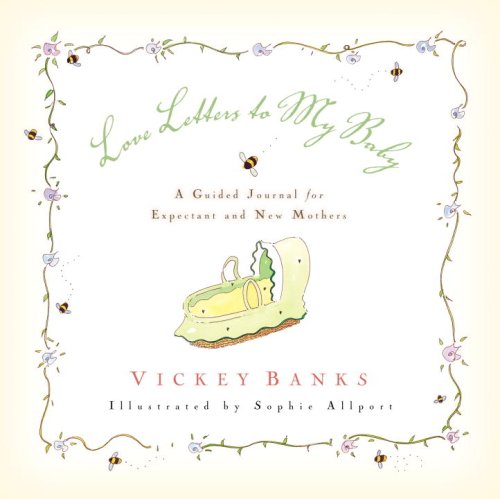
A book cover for Love Letters to My Baby; Vickey Banks; Parenting & Relationships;